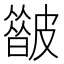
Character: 𥀟